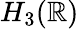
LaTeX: H_{3}(\mathbb{R})